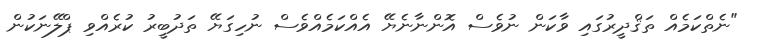
"ނެތްކަމެއް ތަޤްދީރުގައި ވާކަން ނުވެސް އޮންނާނެޔޭ އެއްކަމެއްވެސް ނުހިގަޔޭ ތަދުބީރު ކުރެއްވި ޕްލޭނަކުން